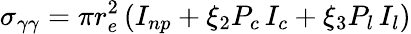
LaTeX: \sigma_{\gamma\gamma}=\pi r_{e}^{2}\, (I_{np}+\xi_{2}P_{c}\, I_{c}+\xi_{3}P_{l}\, I_{l})